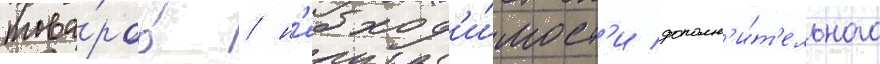
това́ров / н'еобход'и́мост'и дополн'и́т'ельного